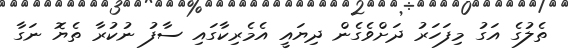
ތެލުގެ އަގު މިފަހަރު ދަށްވެގެން ދިޔައީ އެމެރިކާގައި ސާފު ނުކުރާ ތެޔޮ ނަގާ